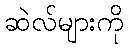
ဆဲလ်များကို